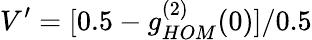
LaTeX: V^{\prime}=[0.5-g_{HOM}^{(2)}(0)]/0.5